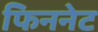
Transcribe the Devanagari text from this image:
फिननेट